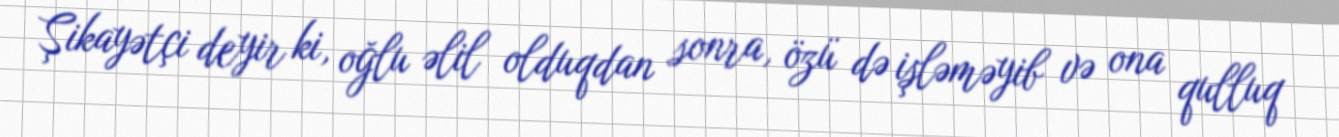
Şikayətçi deyir ki, oğlu əlil olduqdan sonra, özü də işləməyib və ona qulluq